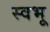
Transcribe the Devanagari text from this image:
स्वभू